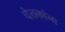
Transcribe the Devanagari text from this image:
चेतकांना